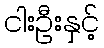
ငါးဦးနှင့်